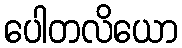
ပေါတလိယော